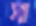
স